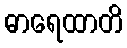
ဓာရေထာတိ